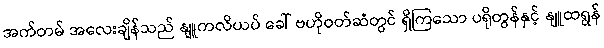
အက်တမ် အလေးချိန်သည် နျူကလိယပ် ခေါ် ဗဟိုဝတ်ဆံတွင် ရှိကြသော ပရိုတွန်နှင့် နျူထရွန်